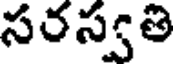
సరస్వతి